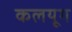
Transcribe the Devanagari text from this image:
कलयूग